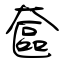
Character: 奩